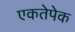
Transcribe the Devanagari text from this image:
एकतेपेक